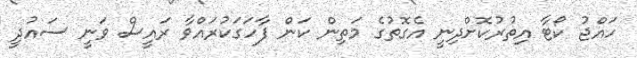
ހައްޖު ކޯޓާ އިތުރުކޮށްދިނީ އެގޮތުގެ މަތިން ކަން ފާހަގަކުރައްވާ ރައީސް ވަނީ ސައުދީ